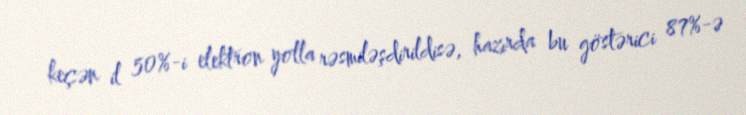
keçən il 50%-i elektron yolla rəsmiləşdirildisə, hazırda bu göstərici 87%-ə